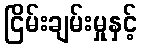
ငြိမ်းချမ်းမှုနှင့်